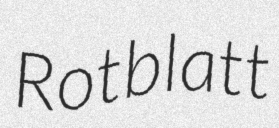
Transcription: Rotblatt